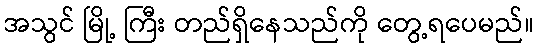
အသွင် မြို့ ကြီး တည်ရှိနေသည်ကို တွေ့ရပေမည်။